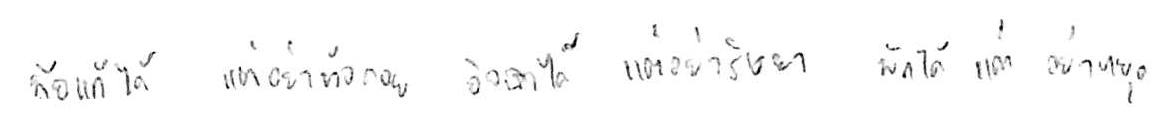
ท้อแท้ได้ แต่อย่าท้อถอย อิจฉาได้ แต่อย่าริษยา พักได้ แต่อย่าหยุด